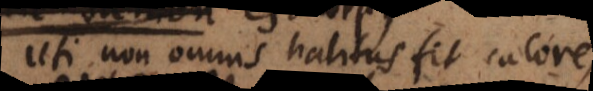
Uti non omnis halitus fit calore